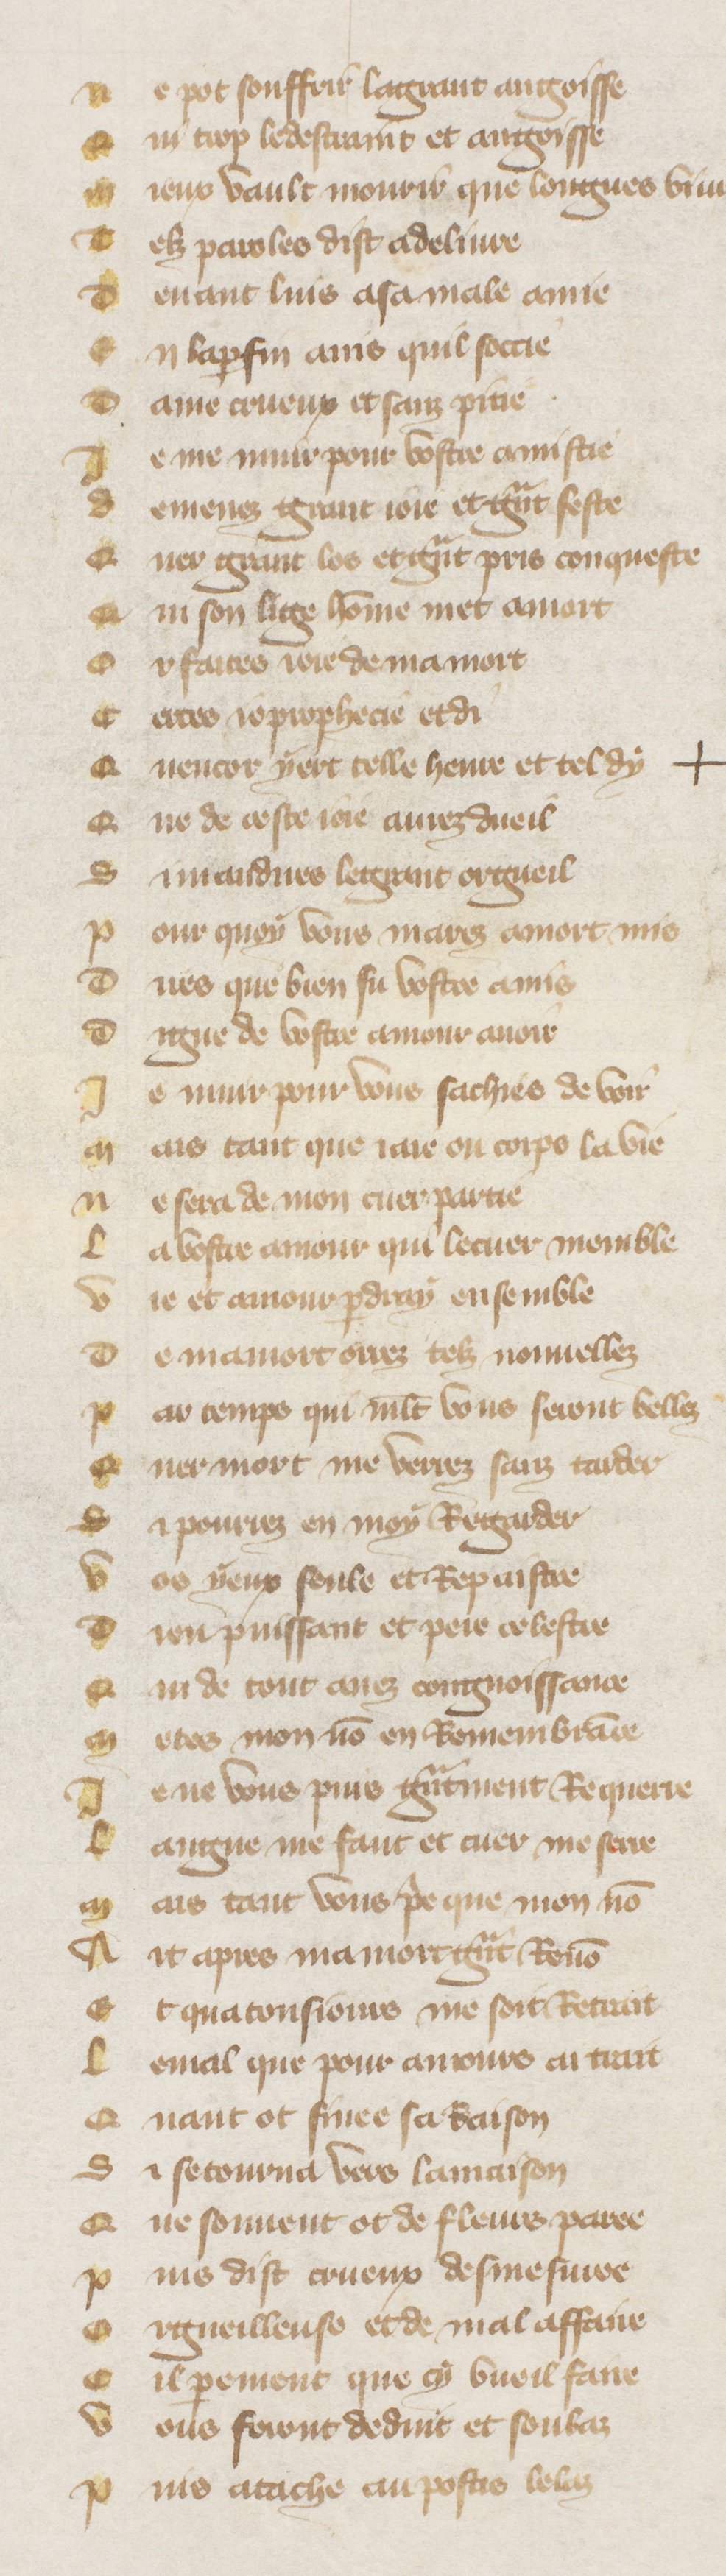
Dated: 1380–1390